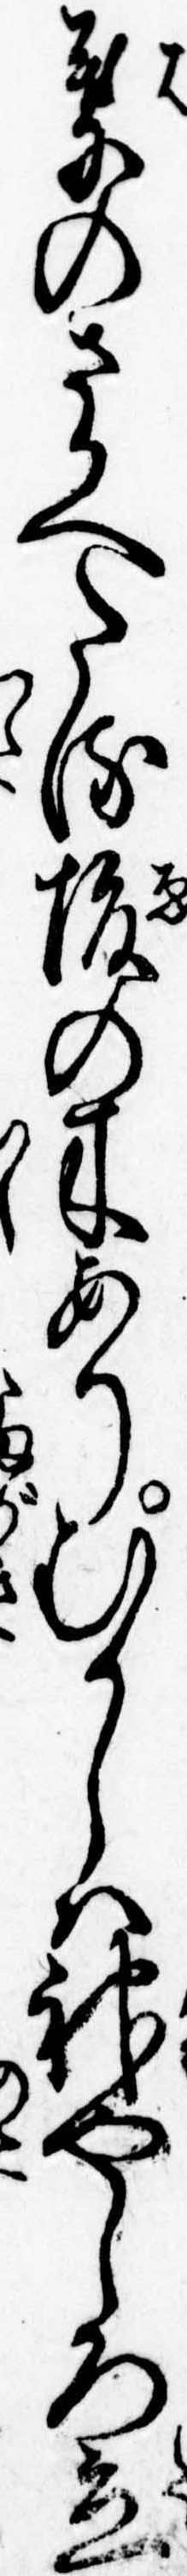
葉のさかへたる榎の木ありむかしは神やしろ立